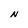
Character: N